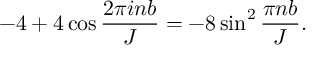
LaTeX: - 4 + 4 \cos \frac { 2 \pi i n b } { J } = - 8 \sin ^ { 2 } \frac { \pi n b } { J } .